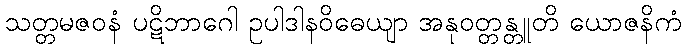
သတ္တမဇဝနံ ပဋိဘာဂေါ ဥပါဒါနဝိဓေယျာ အနုဝတ္တန္တူတိ ယောဇနိကံ